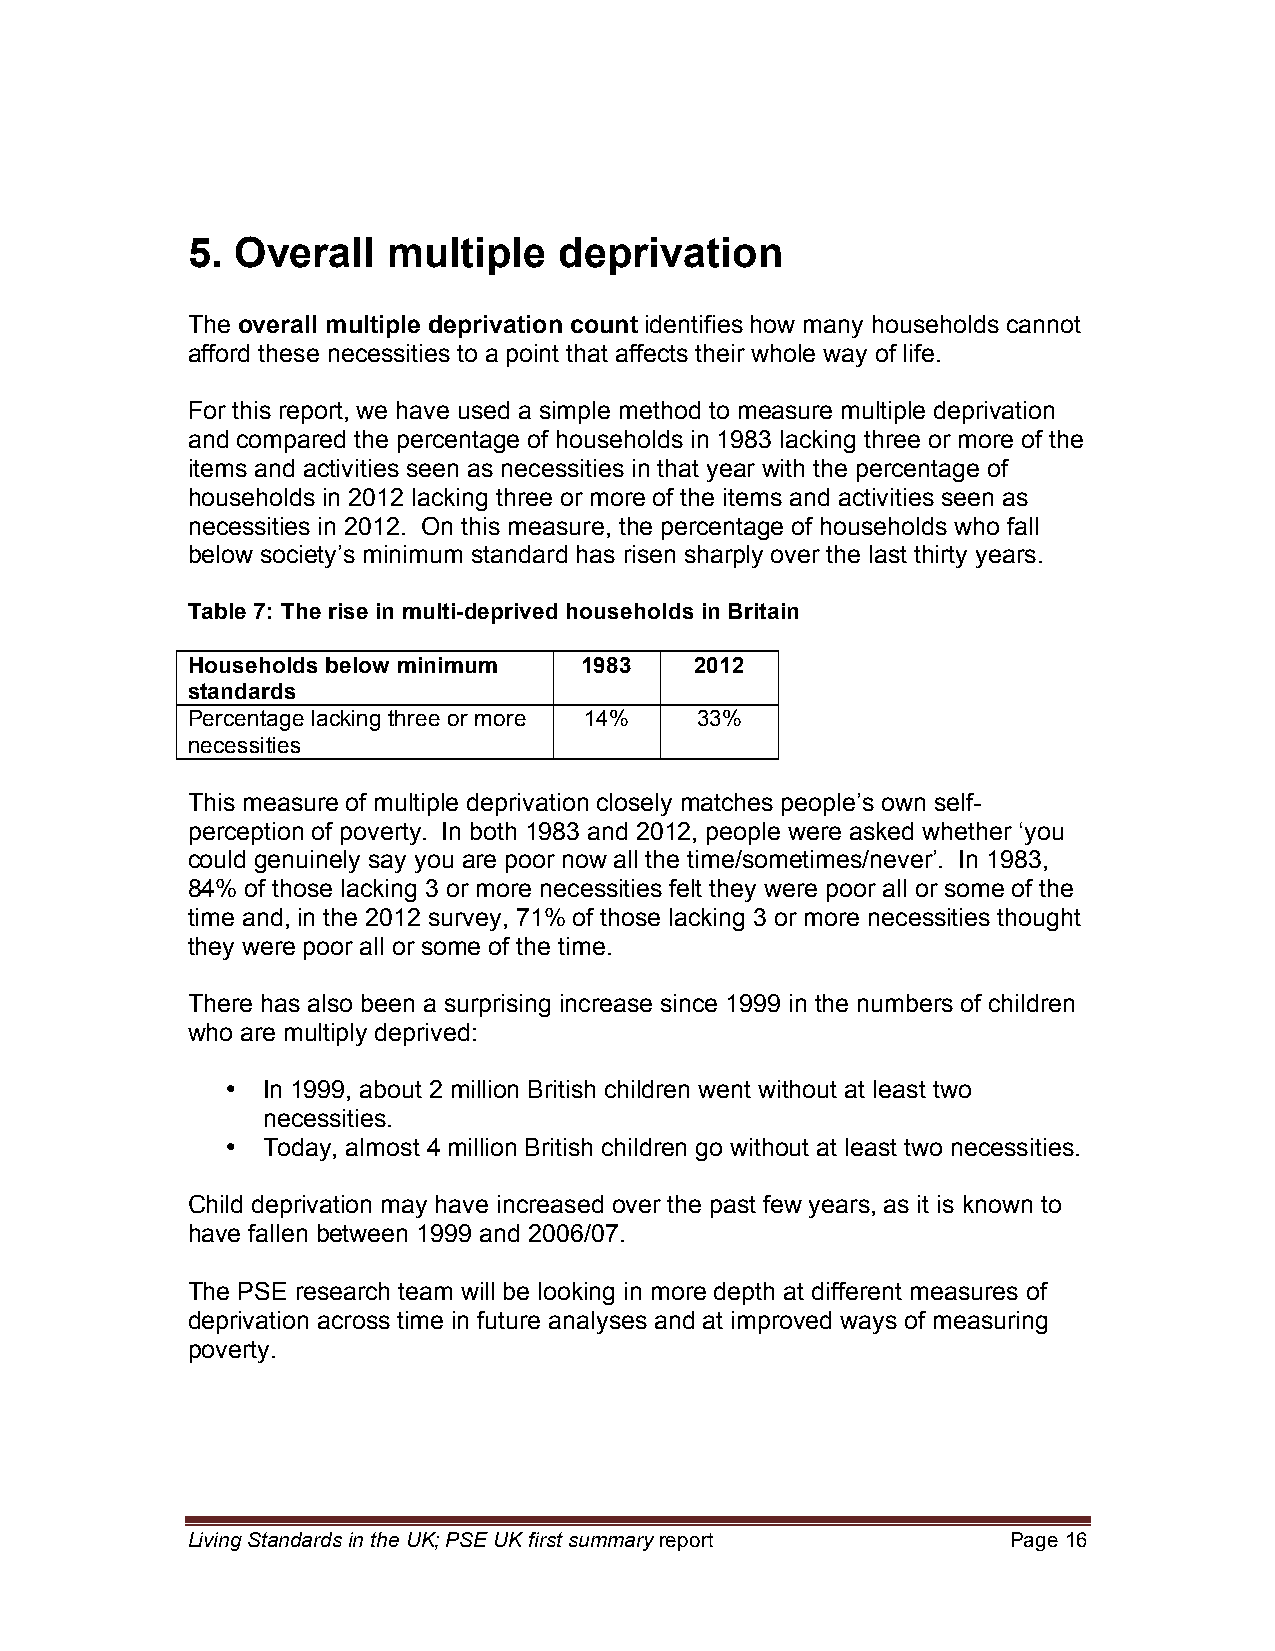
5.  Overall   multiple   deprivation
 The overall multiple deprivation count identifies how many households cannot
 afford these necessities to a point that affects their whole way of life.
 For this report, we have used a simple method to measure multiple deprivation
 and compared the percentage of households in 1983 lacking three or more of the
 items and activities seen as necessities in that year with the percentage of
 households in 2012 lacking three or more of the items and activities seen as
 necessities in 2012. On this measure, the percentage of households who fall
 below society’s minimum standard has risen sharply over the last thirty years.
 Table 7: The rise in multi-deprived households in Britain
 Households below minimum  1983    2012
 standards
 Percentage lacking three or more 14% 33%
 necessities
 This measure of multiple deprivation closely matches people’s own self-
 perception of poverty. In both 1983 and 2012, people were asked whether ‘you
 could genuinely say you are poor now all the time/sometimes/never’. In 1983,
 84% of those lacking 3 or more necessities felt they were poor all or some of the
 time and, in the 2012 survey, 71% of those lacking 3 or more necessities thought
 they were poor all or some of the time.
 There has also been a surprising increase since 1999 in the numbers of children
 who are multiply deprived:
 • In 1999, about 2 million British children went without at least two
 necessities.
 • Today, almost 4 million British children go without at least two necessities.
 Child deprivation may have increased over the past few years, as it is known to
 have fallen between 1999 and 2006/07.
 The PSE research team will be looking in more depth at different measures of
 deprivation across time in future analyses and at improved ways of measuring
 poverty.
 Living Standards in the UK; PSE UK first summary report Page 16